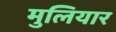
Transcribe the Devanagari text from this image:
मुलियार